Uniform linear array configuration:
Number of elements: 48
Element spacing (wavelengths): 0.75
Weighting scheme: binomial
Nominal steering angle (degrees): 30
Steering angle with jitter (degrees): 28.077
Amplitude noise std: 0.05
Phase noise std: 0.05

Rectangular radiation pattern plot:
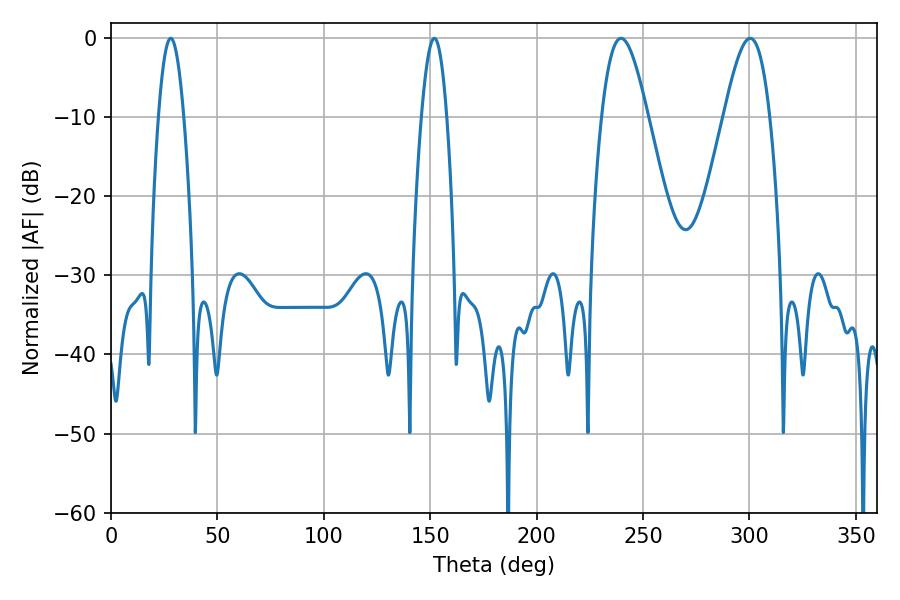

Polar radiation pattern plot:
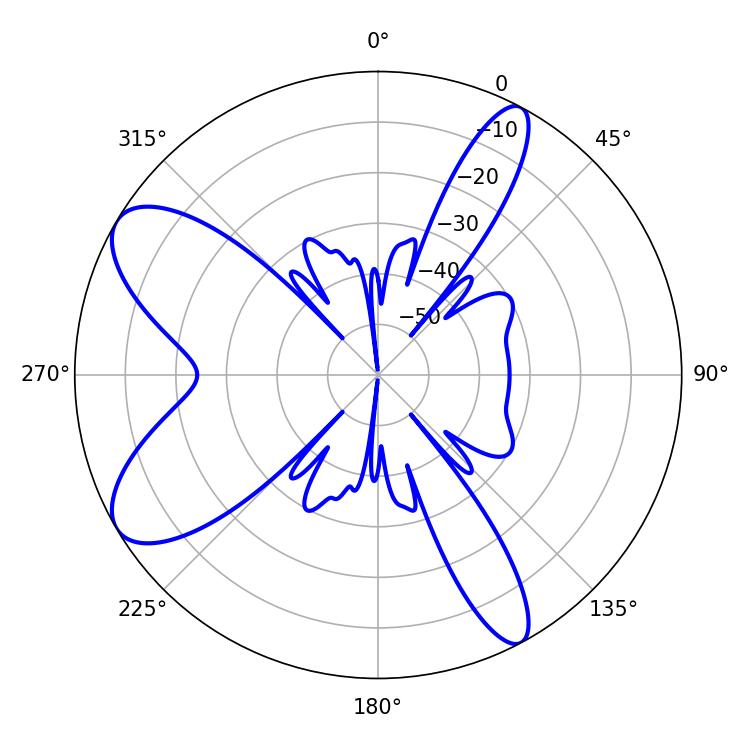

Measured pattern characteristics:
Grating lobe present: TRUE
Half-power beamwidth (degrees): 6.48
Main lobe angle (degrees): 28.08